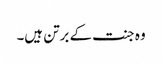
وہ جنت کے برتن ہیں۔